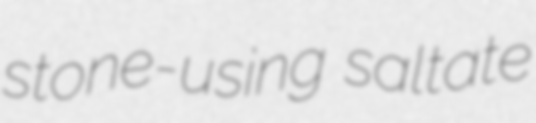
stone-using saltate